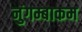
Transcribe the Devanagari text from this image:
नुंगम्बाकम